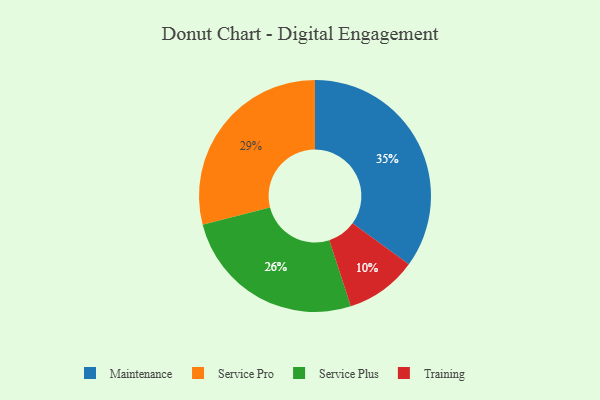
{"axis": {"x": "Category", "y": "Percentage"}, "legend": ["Maintenance", "Service Plus", "Service Pro", "Training"], "data": [{"x": "Service Plus", "y": 26, "type": "Service Plus"}, {"x": "Maintenance", "y": 35, "type": "Maintenance"}, {"x": "Training", "y": 10, "type": "Training"}, {"x": "Service Pro", "y": 29, "type": "Service Pro"}]}